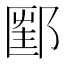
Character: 𨝇